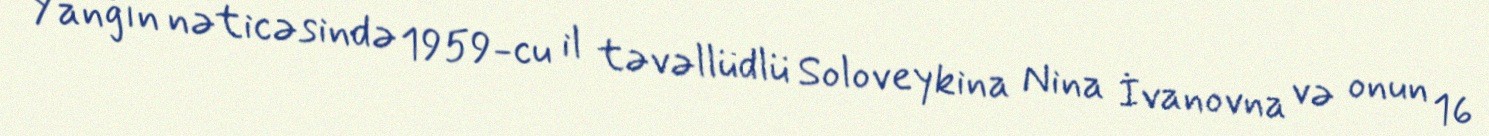
Yanğın nəticəsində 1959-cu il təvəllüdlü Soloveykina Nina İvanovna və onun 16